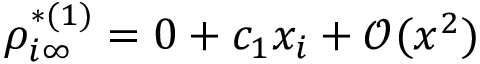
\rho _ { i \infty } ^ { * ( 1 ) } = 0 + c _ { 1 } x _ { i } + \mathcal { O } ( x ^ { 2 } )